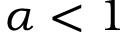
\alpha < 1